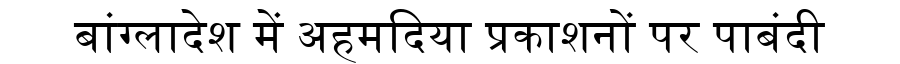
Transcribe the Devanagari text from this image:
बांग्लादेश में अहमदिया प्रकाशनों पर पाबंदी